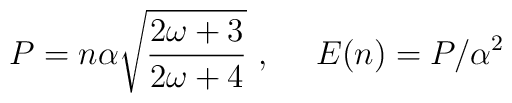
P=n\alpha\sqrt{\frac{2\omega+3}{2\omega+4}} \ , \ \ \ \  E(n)=P/\alpha^2